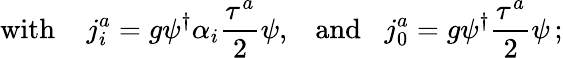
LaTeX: \mathrm{with}\; \; \; \; j_{i}^{a}=g\psi^{\dagger}{\alpha}_{i}\frac{{\tau}^{a}}{2}\psi,\; \; \; \mathrm{and}\; \; \; j_{0}^{a}=g\psi^{\dagger}\frac{{\tau}^{a}}{2}\psi\, ;